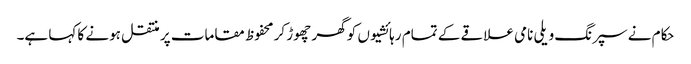
حکام نے سپرنگ ویلی نامی علاقے کے تمام رہائشیوں کو گھر چھوڑ کر محفوظ مقامات پر منتقل ہونے کا کہا ہے۔